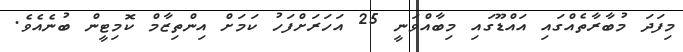
މިފަދަ މުބާރާތެއްގައި އައްޑޫގައި މިބާއްވަނީ 25 އަހަރަށްފަހު ކަމަށް އިންތިޒާމް ކޮމިޓީން ބުނެއެވެ.